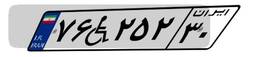
۷۶W۲۵۲۳۰